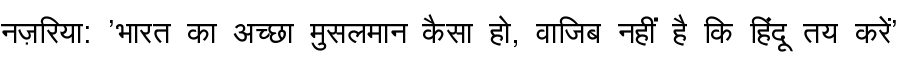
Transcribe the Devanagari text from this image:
नज़रिया: 'भारत का अच्छा मुसलमान कैसा हो, वाजिब नहीं है कि हिंदू तय करें'